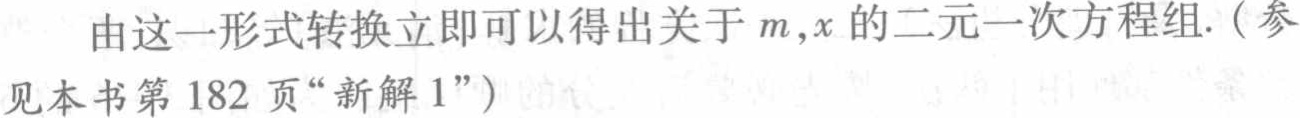
由这一形式转换立即可以得出关于\(m,x\)的二元一次方程组.（参见本书第 182 页“新解 1”）